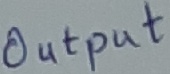
Text: Output